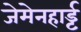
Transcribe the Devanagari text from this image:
जेमेनहार्ड्ट